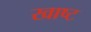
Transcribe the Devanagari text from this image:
खाष्ट